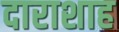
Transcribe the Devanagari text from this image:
दाराशाह